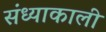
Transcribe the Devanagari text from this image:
संध्याकाली